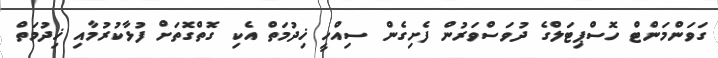
ގަވަންމަންޓް ހޮސްޕިޓަލްގެ ދުވަސްވަރުން ފެށިގެން ސިއްހީ ޚިދުމަތް އެކި ގޮތްގޮތަށް ފުޅާކުރުމާއި ޚިދުމަތް